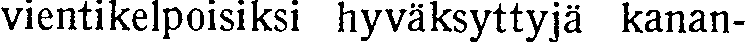
vientikelpoisiksi hyväksyttyjä kanan-